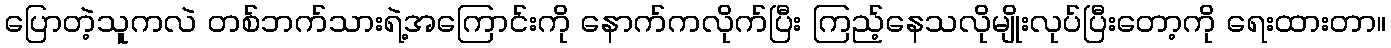
ပြောတဲ့သူကလဲ တစ်ဘက်သားရဲ့အကြောင်းကို နောက်ကလိုက်ပြီး ကြည့်နေသလိုမျိုးလုပ်ပြီးတော့ကို ရေးထားတာ။